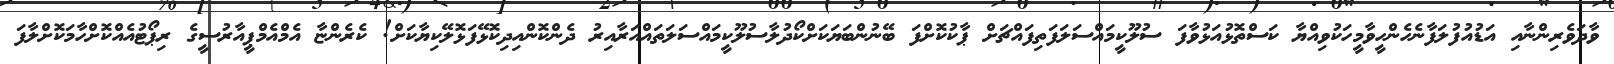
ވާދަވެރިންނާއި އަޑުއުފުލަފާނެހެންހީވާމީހަކުވިއްޔާ ކަސްތޮޅުއަޅުވާފަ ސުލޫކީމައްސަލަފަތިފައްޗަށް ޕާކުކޮށްފަ ބޭނުންބަޔަކަށްކޯދުލާސުލޫކީމައްސަލަތައްއަރާއިރު ދެންކޮންއިދިކޮޅޭފަޅޮލޭކިޔާކަށް! ކެރެންޏާ އެމްއެމްޕީއާރުސީގެ ރިޕޯޓުއެއްކޮށްހާމަކޮށްލާފަ